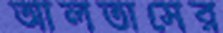
আলতাসের